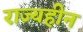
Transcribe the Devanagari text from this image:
राज्यहीन